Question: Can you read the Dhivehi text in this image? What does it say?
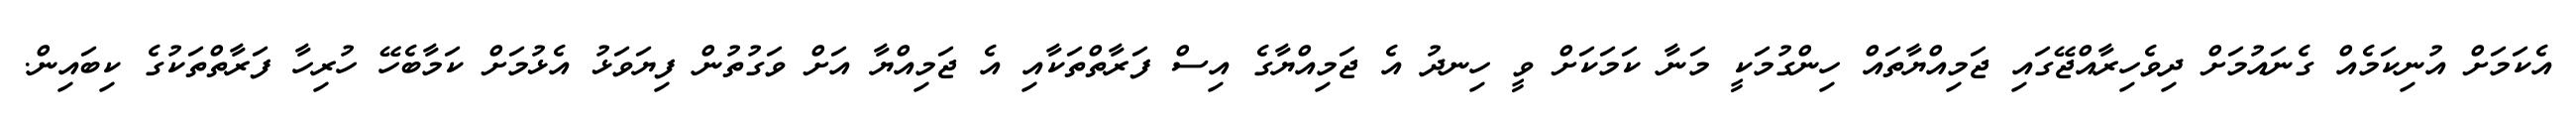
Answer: އެކަމަށް އުނިކަމެއް ގެނައުމަށް ދިވެހިރާއްޖޭގައި ޖަމިއްޔާތައް ހިންގުމަކީ މަނާ ކަމަކަށް ވީ ހިނދު އެ ޖަމިއްޔާގެ އިސް ފަރާތްތަކާއި އެ ޖަމިއްޔާ އަށް ވަގުތުން ފިޔަވަޅު އެޅުމަށް ކަމާބެހޭ ހުރިހާ ފަރާތްތަކުގެ ކިބައިން.